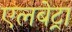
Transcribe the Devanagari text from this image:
एलबेट्रा